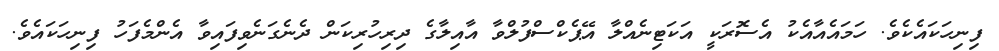
ފިނިހަކައެކެވެ. ހަމައެއާއެކު އެސޮރަކީ އަކަޓިނެއްލާ އޭޕެކްސްފުލްވާ އާއިލާގެ ދިރިހުރިކަން ދެނެގަނެވިފައިވާ އެންމެފަހު ފިނިހަކައެވެ.